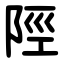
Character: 陘